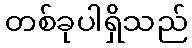
တစ်ခုပါရှိသည်